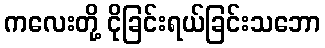
ကလေးတို့ ငိုခြင်းရယ်ခြင်းသဘော